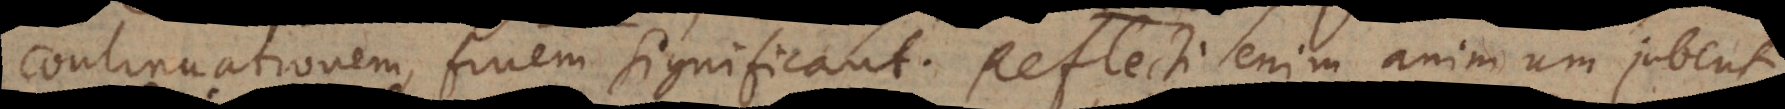
continuationem, finem significant. Reflecti enim animum jubent